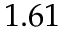
1 . 6 1